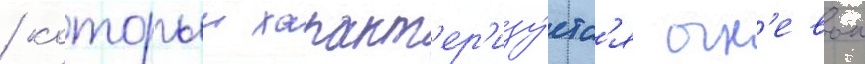
/ которыи характ'ер'изу́етс'я огн'евои